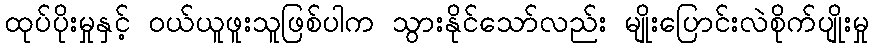
ထုပ်ပိုးမှုနှင့် ဝယ်ယူဖူးသူဖြစ်ပါက သွားနိုင်သော်လည်း မျိုးပြောင်းလဲစိုက်ပျိုးမှု